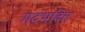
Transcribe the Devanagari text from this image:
मदभक्ति